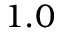
1 . 0